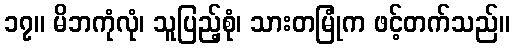
၁၇။ မိဘကုံလုံ၊ သူပြည့်စုံ၊ သားတမြုံက ဖင့်တက်သည်။